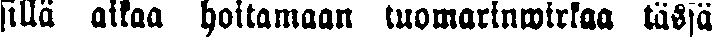
sillä aikaa hoitamaan tuomarinwirkaa tässä